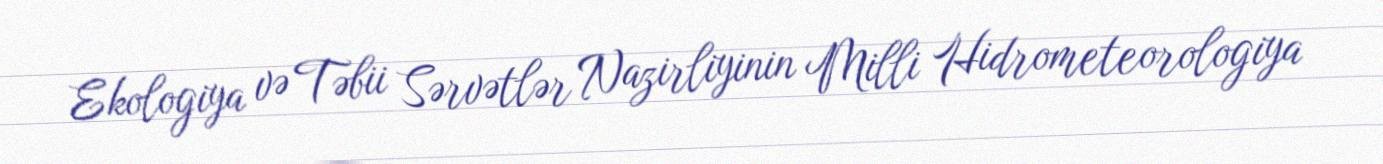
Ekologiya və Təbii Sərvətlər Nazirliyinin Milli Hidrometeorologiya